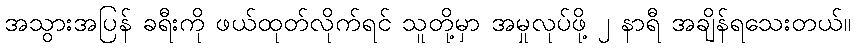
အသွားအပြန် ခရီးကို ဖယ်ထုတ်လိုက်ရင် သူတို့မှာ အမှုလုပ်ဖို့ ၂ နာရီ အချိန်ရသေးတယ်။